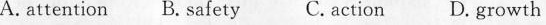
A.attention B. Safety C. action D.growth